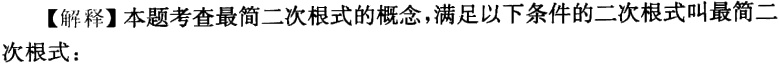
【解释】本题考查最简二次根式的概念，满足以下条件的二次根式叫最简二